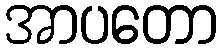
အာပတော